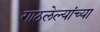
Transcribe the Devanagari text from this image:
गाठलेल्यांच्या